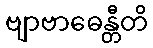
ဗျာဗာဓေန္တီတိ